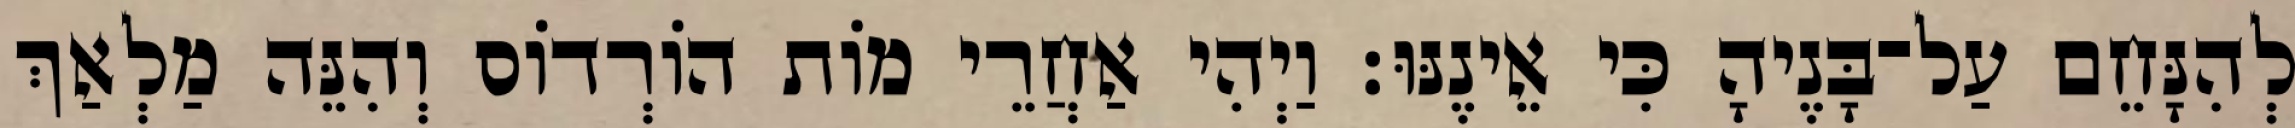
לְהִנָּחֵם עַל־בָּנֶיהָ כִּי אֵינֶנּוּ׃ וַיְהִי אַחֲרֵי מוֹת הוֹרְדוֹס וְהִנֵּה מַלְאַךְ